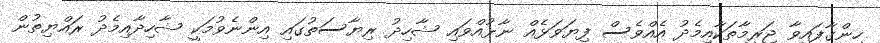
ހިންގާފައިވާ ޖަރީމާތަކާއިމެދު އެއްވެސް ފިޔަވަޅެއް ނާޅުއްވައި ޝާހިދު ރިޔާސަތުގައި އިންނެވުމަކީ ޝާހިދާއިމެދު ރައްޔިތުން